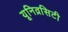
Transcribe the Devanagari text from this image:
यूनिव्रसिटी